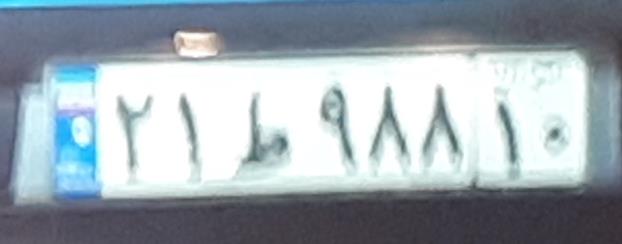
۲۱ط۹۸۸۱۰